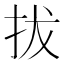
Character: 拔